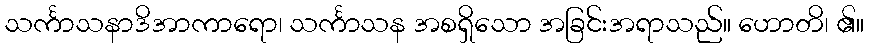
သင်္ကာသနာဒိအာကာရော၊ သင်္ကာသန အစရှိသော အခြင်းအရာသည်။ ဟောတိ၊ ၏။